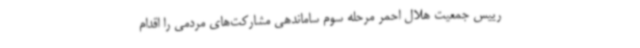
رییس جمعیت هلال احمر مرحله سوم ساماندهی مشارکت‌های مردمی را اقدام